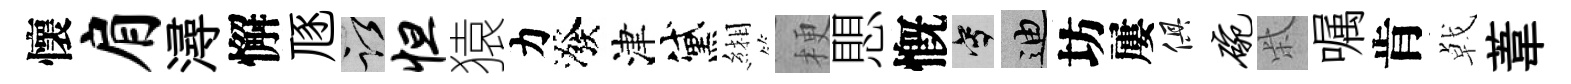
懷肩潯懈豗謹怛猿力潑津黛緗梗愳慨寫迪坊屢俱碗柴嘱肯㦸葦